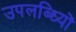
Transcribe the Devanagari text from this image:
उपलब्ध्यिों